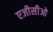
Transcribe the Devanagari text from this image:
एजीसीओ